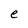
Character: e